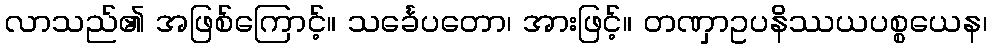
လာသည်၏ အဖြစ်ကြောင့်။ သင်္ခေပတော၊ အားဖြင့်။ တဏှာဥပနိဿယပစ္စယေန၊